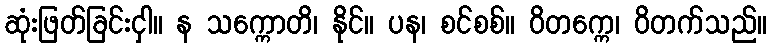
ဆုံးဖြတ်ခြင်းငှါ။ န သက္ကောတိ၊ နိုင်။ ပန၊ စင်စစ်။ ဝိတက္ကေ၊ ဝိတက်သည်။